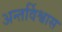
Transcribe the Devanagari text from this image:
अन्तर्विश्वास